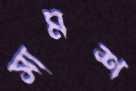
সামশ